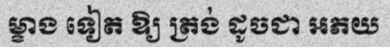
ម្ខាង ទៀត ឱ្យ ត្រង់ ដូចជា អភយ